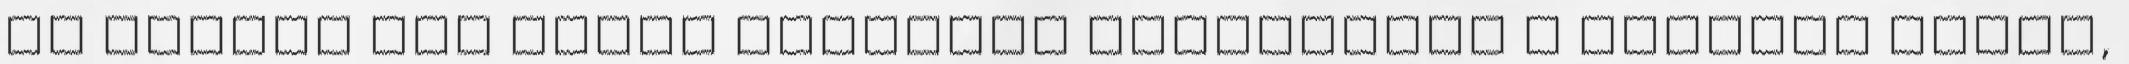
Ha valaki tud kerem segitsen Valaszokat a listara kerek,